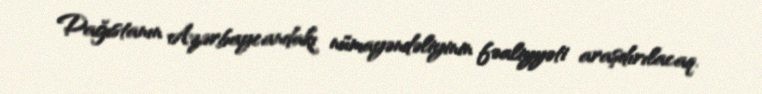
Dağıstanın Azərbaycandakı nümayəndəliyinin fəaliyyəti araşdırılacaq.